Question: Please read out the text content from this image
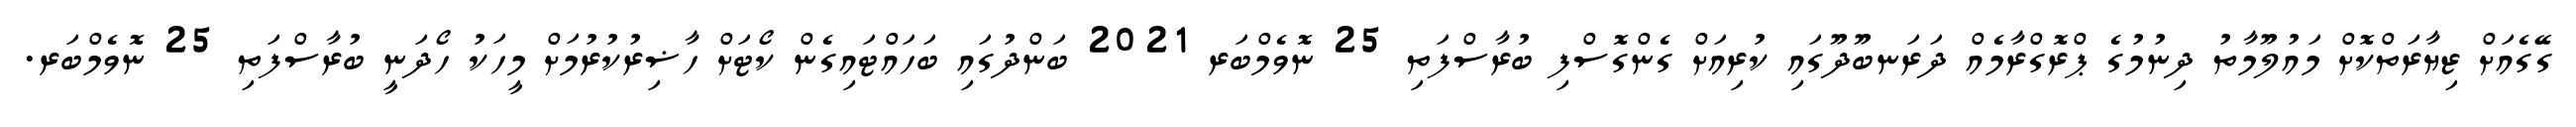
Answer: ގޭގެއަށް ޒިޔާރަތްކޮށް މައުލޫމާތު ދިނުމުގެ ޕްރޮގްރާމެއް ދަރަނބޫދޫގައި ކުރިއަށް ގެންގޮސްފި ބުރާސްފަތި 25 ނޮވެމްބަރ 2021 ބަންދުގައި ބަހައްޓައިގެން ކޯޓަށް ހާޟިރުކުރުމަށް މީހަކު ހޯދަނީ ބުރާސްފަތި 25 ނޮވެމްބަރ.